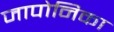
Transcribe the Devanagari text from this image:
जापोनिका